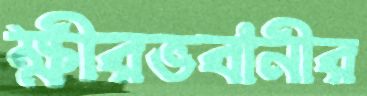
ক্ষীরভবানীর